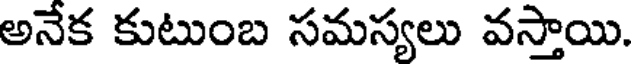
అనేక కుటుంబ సమస్యలు వస్తాయి.